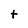
Character: t